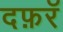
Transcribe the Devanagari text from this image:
दफ़रॅ